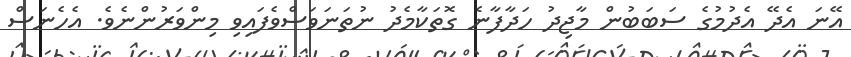
އޭނަ އެދޭ އެދުމުގެ ސަބަބުން މާޖިދު ހަދާފާނެ ގޮތަކާމެދު ނުތަނަވަސްވެފައިވި މިންވަރުންނެވެ. އެހެނަސް